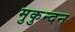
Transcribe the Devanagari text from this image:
मुकुन्दन